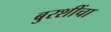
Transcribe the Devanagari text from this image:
बुरशींचा